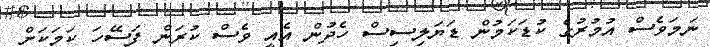
ނަމަވެސް އުމުރުގެ ކުޑަކަމުން ޑަޔަލިސިސް ހެދުން އެއީ ވެސް ކުރަން ފަސޭހަ ކަމަކަށް